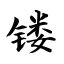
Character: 镂